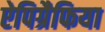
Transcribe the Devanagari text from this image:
ऐपिग्रैफिया